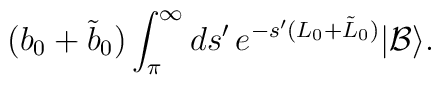
(b_0 +\tilde{b}_0)\int_{ \pi}^{\infty} ds' \, e^{-s' (L_0+\tilde{L}_0)}|\mathcal{B}\rangle.